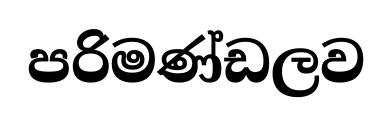
පරිමණ්ඩලව